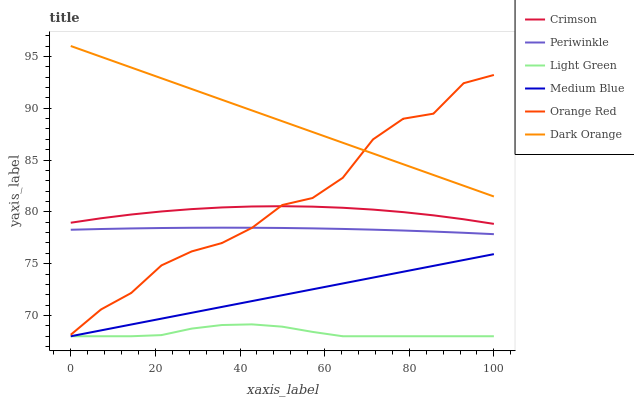
| xaxis_label | Crimson | Periwinkle | Light Green | Medium Blue | Orange Red | Dark Orange |
 | --- | --- | --- | --- | --- | --- | --- |
 | 0 | 79 | 78.3 | 68 | 68 | 68.1 | 96 |
 | 7.14 | 79.4 | 78.3 | 68 | 68.6 | 70.6 | 95 |
 | 14.3 | 79.7 | 78.4 | 68 | 69.1 | 72.2 | 93.9 |
 | 21.4 | 80 | 78.4 | 68.1 | 69.7 | 74.8 | 92.9 |
 | 28.6 | 80.3 | 78.5 | 68.7 | 70.3 | 76.2 | 91.9 |
 | 35.7 | 80.4 | 78.5 | 69.1 | 70.8 | 77 | 90.8 |
 | 42.9 | 80.5 | 78.5 | 69.1 | 71.4 | 78.5 | 89.8 |
 | 50 | 80.5 | 78.4 | 68.9 | 72 | 80.7 | 88.7 |
 | 57.1 | 80.5 | 78.4 | 68.4 | 72.5 | 81.3 | 87.7 |
 | 64.3 | 80.4 | 78.4 | 68 | 73.1 | 83.3 | 86.7 |
 | 71.4 | 80.2 | 78.3 | 68 | 73.7 | 87 | 85.6 |
 | 78.6 | 80 | 78.2 | 68 | 74.2 | 89 | 84.6 |
 | 85.7 | 79.7 | 78.1 | 68 | 74.8 | 89.5 | 83.6 |
 | 92.9 | 79.3 | 78 | 68 | 75.4 | 92.4 | 82.5 |
 | 100 | 78.8 | 77.8 | 68 | 75.9 | 93.2 | 81.5 |